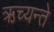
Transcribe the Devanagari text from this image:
ऋच्यन्ते